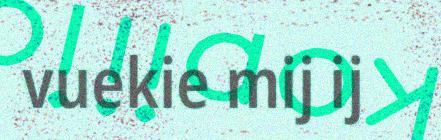
vuekie mij ij